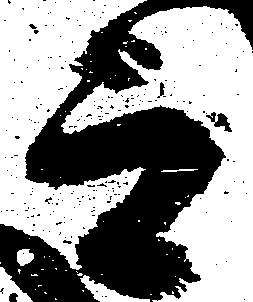
而